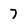
Character: 7